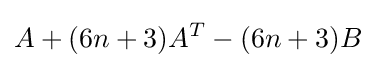
A+(6n+3)A^{T}-(6n+3)B